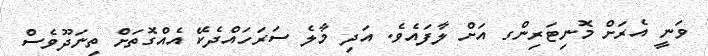
ވަނީ އެރަށް މޮނިޓަރިންގ އަށް ލާފައެވެ. އަދި މާލެ ސަރަހައްދެކޭ އެއްގޮތަށް ތިނަދޫވެސް